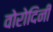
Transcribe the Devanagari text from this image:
वोरोदिनी